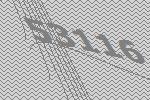
53116